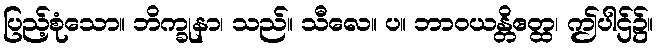
ပြည့်စုံသော။ ဘိက္ခုနာ၊ သည်။ သီလေ။ ပ။ ဘာဝယန္တိဧတ္ထ၊ ဤပါဌ်၌။